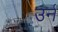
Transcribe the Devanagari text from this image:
उर्न